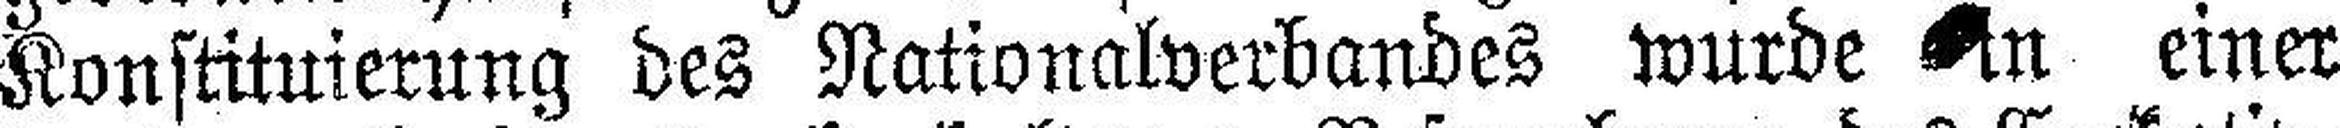
Konstituierung des Nationalverbandes wurde in einer